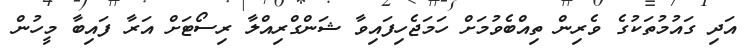
އަދި ގައުމުތަކުގެ ވެރިން ތިއްބެވުމަށް ހަމަޖެހިފައިވާ ޝަންގްރިއްލާ ރިސޯޓަށް އަރާ ފައިބާ މީހުން